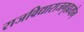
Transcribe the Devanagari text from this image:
राजविद्याराजगृह्ययोग